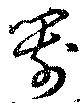
箭